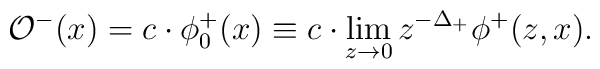
\mathcal{O}^-(x) = c\cdot\phi^+_0(x) \equiv c\cdot \lim_{z\to 0}z^{-\Delta_+}\phi^+(z,x).